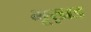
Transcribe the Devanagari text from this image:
भूख़ड